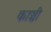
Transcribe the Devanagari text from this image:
काञ्ची